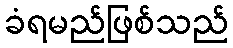
ခံရမည်ဖြစ်သည်